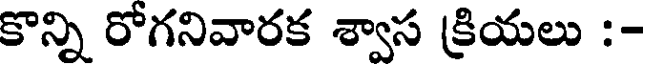
కొన్ని రోగనివారక శ్వాస క్రియలు :-